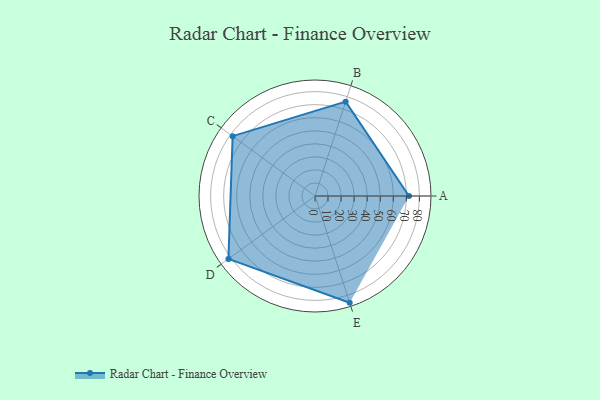
{"axis": {"x": "Skill", "y": "Score"}, "legend": ["Profile"], "data": [{"x": "A", "y": 72.0, "type": "Profile"}, {"x": "B", "y": 76.0, "type": "Profile"}, {"x": "C", "y": 78.0, "type": "Profile"}, {"x": "D", "y": 82.0, "type": "Profile"}, {"x": "E", "y": 86.0, "type": "Profile"}]}